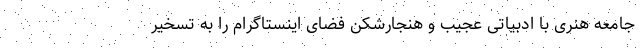
جامعه هنری با ادبیاتی عجیب و هنجارشکن فضای اینستاگرام را به تسخیر